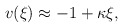
\begin{align*}v(\xi) \approx -1 +\kappa \xi,\end{align*}